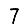
Digit: 7